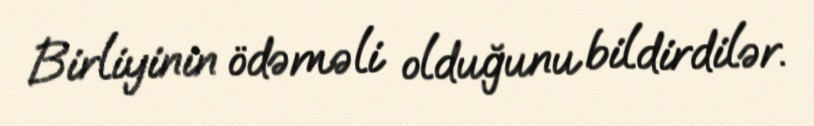
Birliyinin ödəməli olduğunu bildirdilər.